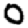
Digit: 0